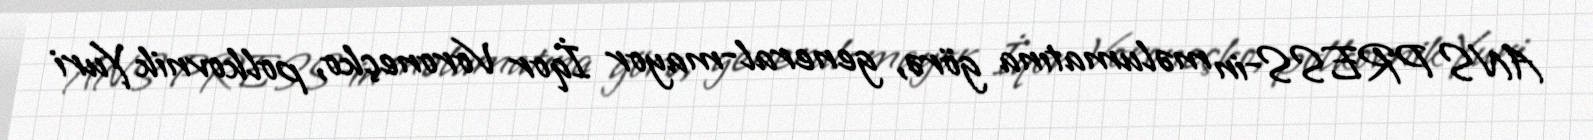
ANS PRESS-in məlumatına görə, general-mayor İqor Voroneçko, polkovnik Yuri